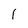
Character: I